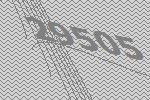
29505